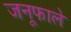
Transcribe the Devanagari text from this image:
जनूफाले